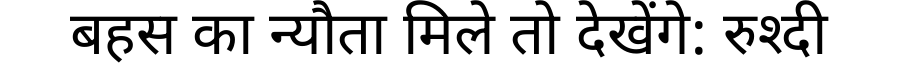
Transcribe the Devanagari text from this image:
बहस का न्यौता मिले तो देखेंगे: रुश्दी